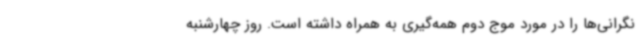
نگرانی‌ها را در مورد موج دوم همه‌گیری به همراه داشته است. روز چهارشنبه